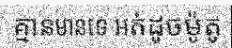
គ្មានមានទេ អត់ដូចម៉ូតូ